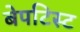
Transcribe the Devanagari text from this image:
बेपटिस्ट